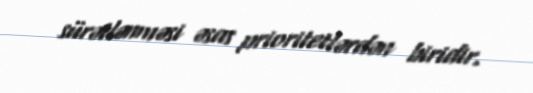
sürətlənməsi əsas prioritetlərdən biridir.